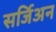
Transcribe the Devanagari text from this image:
सर्जिअन